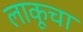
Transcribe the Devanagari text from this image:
लाकूचा